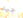
جيد